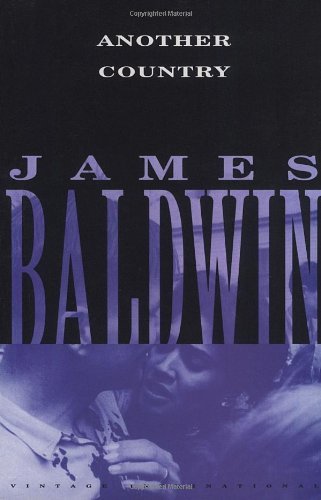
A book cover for Another Country; James Baldwin; Literature & Fiction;